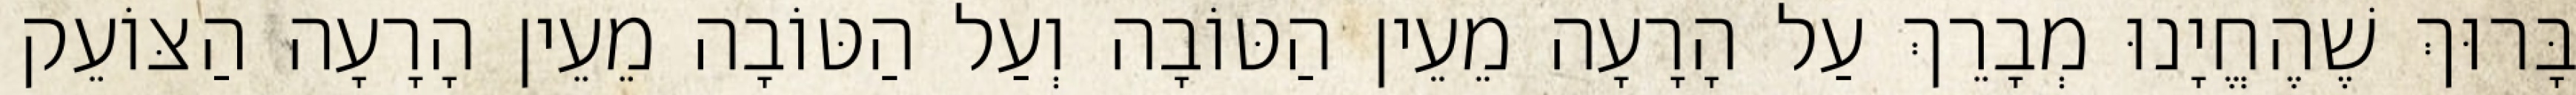
בָּרוּךְ שֶׁהֶחֱיָנוּ מְבָרֵךְ עַל הָרָעָה מֵעֵין הַטּוֹבָה וְעַל הַטּוֹבָה מֵעֵין הָרָעָה הַצּוֹעֵק